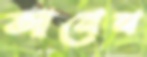
আনেন